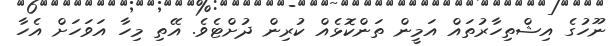
ނޫހުގެ އިޝްތިހާރުތައް އަމީން ތަންކޮޅެއް ކުރިން ދުށްޓެވެ. އޭތި މިހާ އަވަހަށް އެހާ